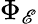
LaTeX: \Phi_{\mathscr{E}}